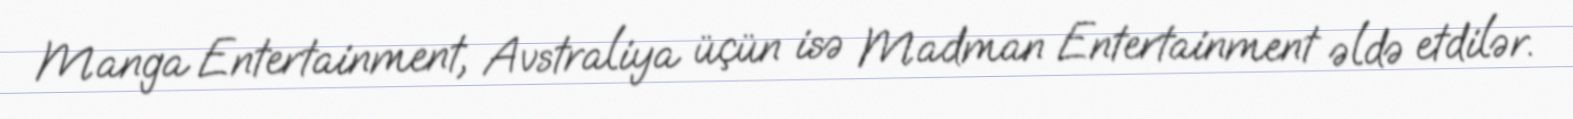
Manga Entertainment, Avstraliya üçün isə Madman Entertainment əldə etdilər.